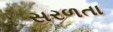
સરળતા